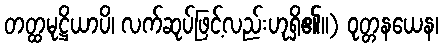
တတ္ထမုဋ္ဌိယာပိ၊ လက်ဆုပ်ဖြင့်လည်းဟုရှိ၏။) ဝုတ္တနယေန၊